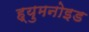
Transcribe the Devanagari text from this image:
ह्युमनोइड